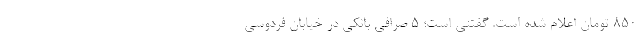
۸۵۰ تومان اعلام شده است. گفتنی است؛ ۵ صرافی بانکی در خیابان فردوسی